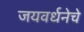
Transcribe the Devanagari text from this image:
जयवर्धनेचे